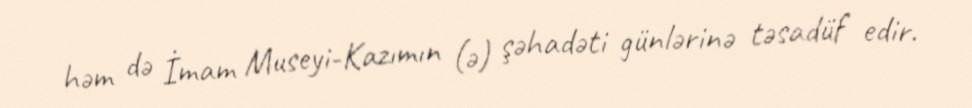
həm də İmam Museyi-Kazımın (ə) şəhadəti günlərinə təsadüf edir.